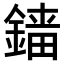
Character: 𨪲